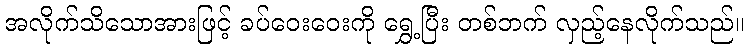
အလိုက်သိသောအားဖြင့် ခပ်ဝေးဝေးကို ရွှေ့ပြီး တစ်ဘက် လှည့်နေလိုက်သည်။